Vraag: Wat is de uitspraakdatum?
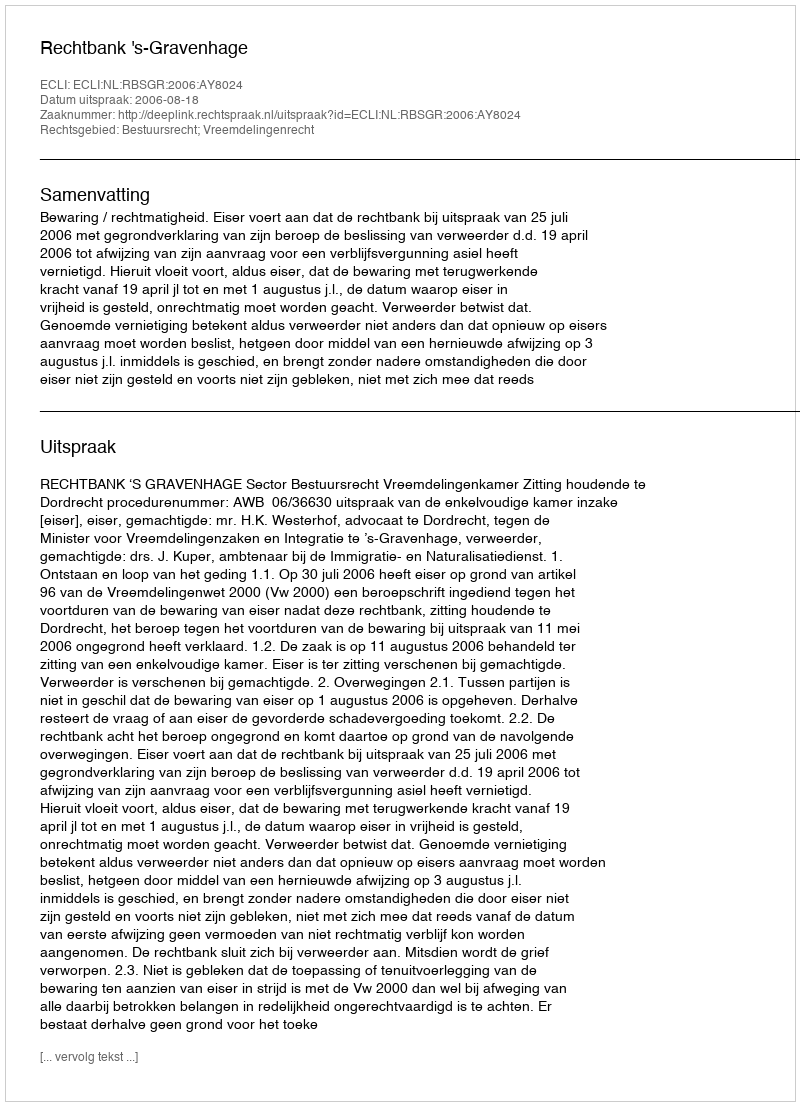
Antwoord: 2006-08-18